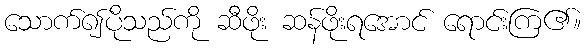
သောက်၍ပိုသည်ကို ဆီဖိုး ဆန်ဖိုးရအောင် ရောင်းကြ၏။